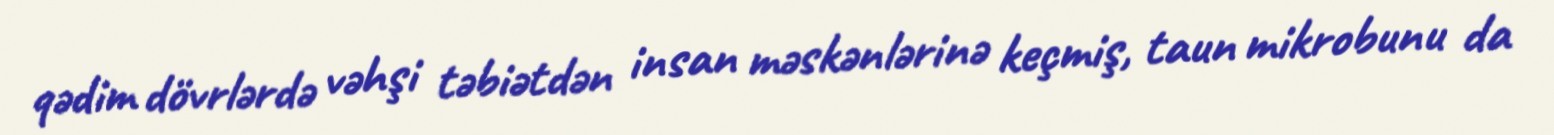
qədim dövrlərdə vəhşi təbiətdən insan məskənlərinə keçmiş, taun mikrobunu da